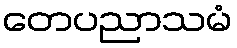
တေပညာသမံ